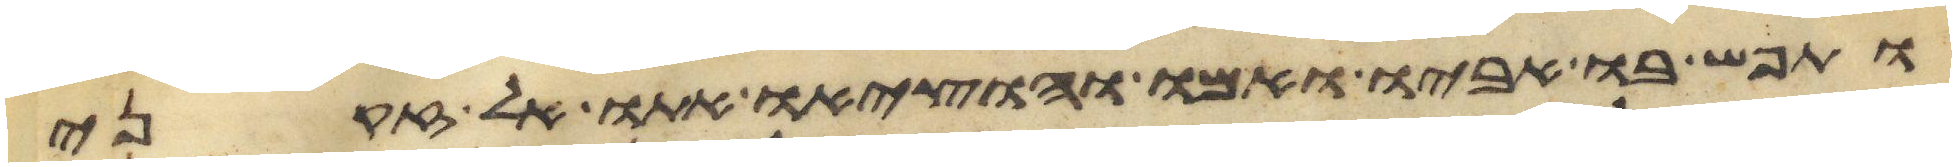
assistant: ותפש בו אביו ואמו והוציאו אתו אל זקני